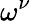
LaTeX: \omega^{\nu}